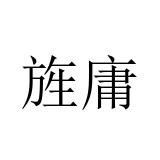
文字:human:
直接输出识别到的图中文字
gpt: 旌庸